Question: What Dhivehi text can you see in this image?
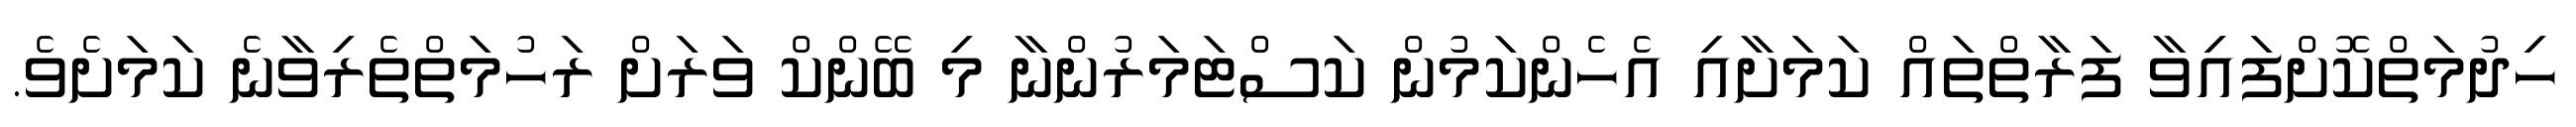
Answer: ހިދުމަތްކޮށްފައިވާ ފަރާތްތައް ކަމަށާއި އެހެންކަމުން ކަސްޓަމަރުންނާ މި ބޭންކް ވަރަށް ރަހުމަތްތެރިވާނެ ކަމަށެވެ.